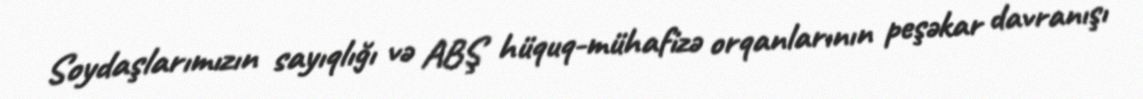
Soydaşlarımızın sayıqlığı və ABŞ hüquq-mühafizə orqanlarının peşəkar davranışı